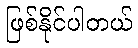
ဖြစ်နိုင်ပါတယ်